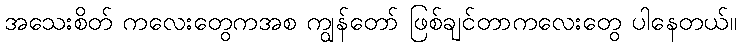
အသေးစိတ် ကလေးတွေကအစ ကျွန်တော် ဖြစ်ချင်တာကလေးတွေ ပါနေတယ်။